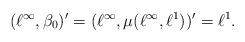
LaTeX: \begin{align*}(\ell^{\infty},\beta_{0})'=(\ell^{\infty},\mu(\ell^{\infty},\ell^{1}))'=\ell^{1}.\end{align*}